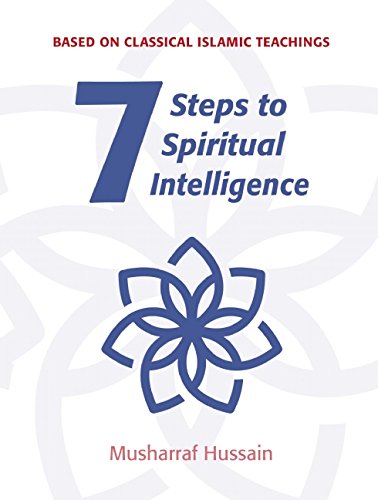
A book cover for Seven Steps to Spiritual Intelligence; Musharraf Hussain; Religion & Spirituality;